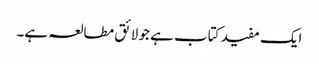
ایک مفید کتاب ہے جو لائق مطالعہ ہے۔